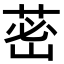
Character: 𦰷